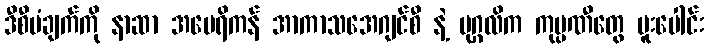
ဒီစီမံချက်ကို နာဆာ အမေရိကန် အာကာသအေဂျင်စီ နဲ့ ပုဂ္ဂလိက ကုမ္ပဏီတွေ ပူးပေါင်း